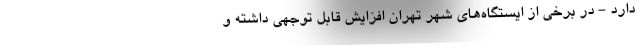
دارد - در برخی از ایستگاه‌های شهر تهران افزایش قابل توجهی داشته و